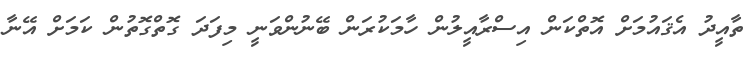
ތާއީދު އެޤައުމަށް އޮތްކަން އިސްރާއީލުން ހާމަކުރަން ބޭނުންވަނީ މިފަދަ ގޮތްގޮތުން ކަމަށް އޭނާ